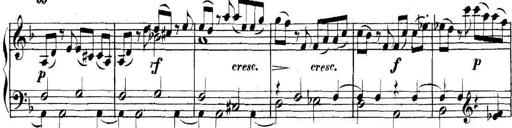
Title: Collected Piano Sonatas
Composer: Muzio Clementi